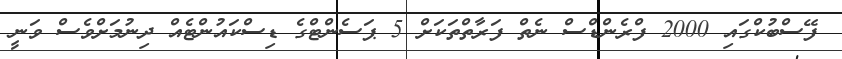
ފޭސްބުކްގައި 2000 ފްރެންޑްސް ނެތް ފަރާތްތަކަށް 5 ޕަސެންޓްގެ ޑިސްކައުންޓެއް ދިނުމަށްވެސް ވަނީ